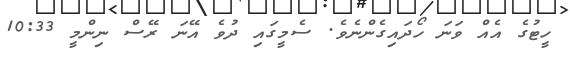
ހީޓުގެ އެއް ވަނަ ހޯދައިގެންނެވެ. ސެމީގައި ދުވެ އޭނަ ރޭސް ނިންމީ 10:33